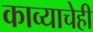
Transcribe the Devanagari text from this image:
काव्याचेही